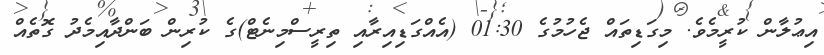
އިޢުލާން ކުރީމެވެ. މިގަޑިތައް ޖެހުމުގެ 01:30 (އެއްގަޑިއިރާއި ތިރީސްމިނެޓް)ގެ ކުރިން ބަންދާއިމެދު ގޮތެއް